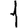
Digit: 1